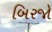
બિરજો